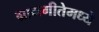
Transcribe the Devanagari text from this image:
ग्रामगीतेमध्ये